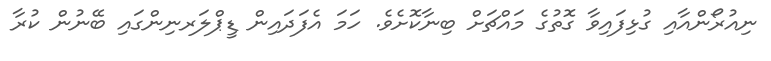
ނިއުރޯންއާއި ގުޅިފައިވާ ގޮތުގެ މައްޗަށް ބިނާކޮށެވެ. ހަމަ އެފަދައިން ޑީޕްލަރނިންގައި ބޭނުން ކުރާ